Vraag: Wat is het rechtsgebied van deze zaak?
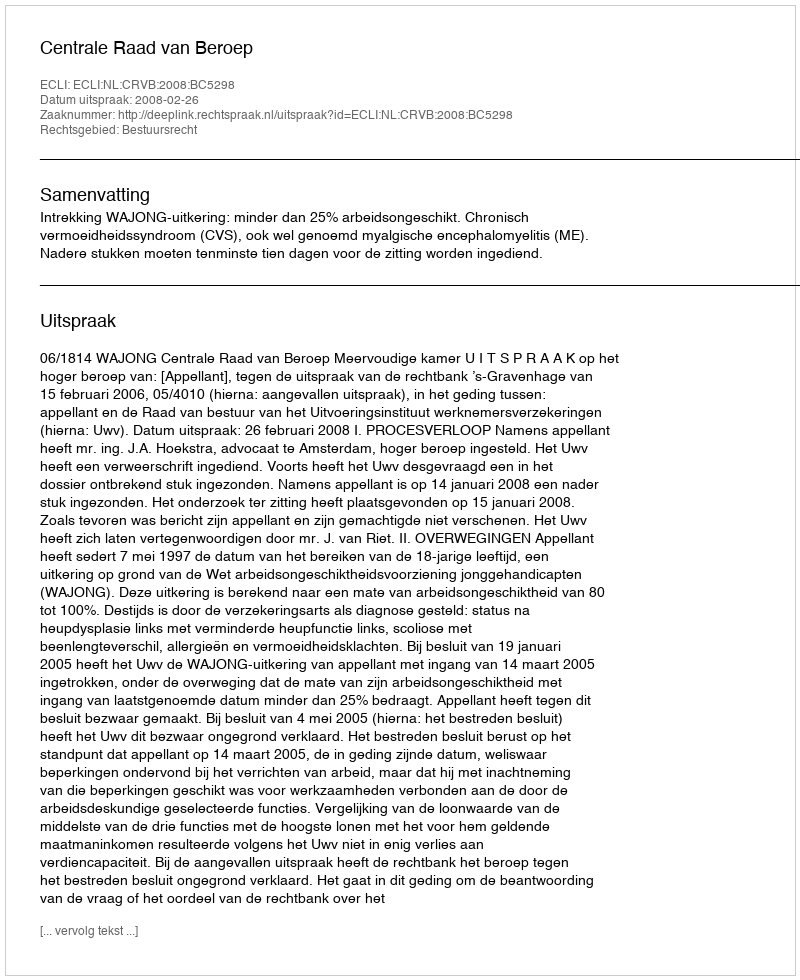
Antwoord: Bestuursrecht